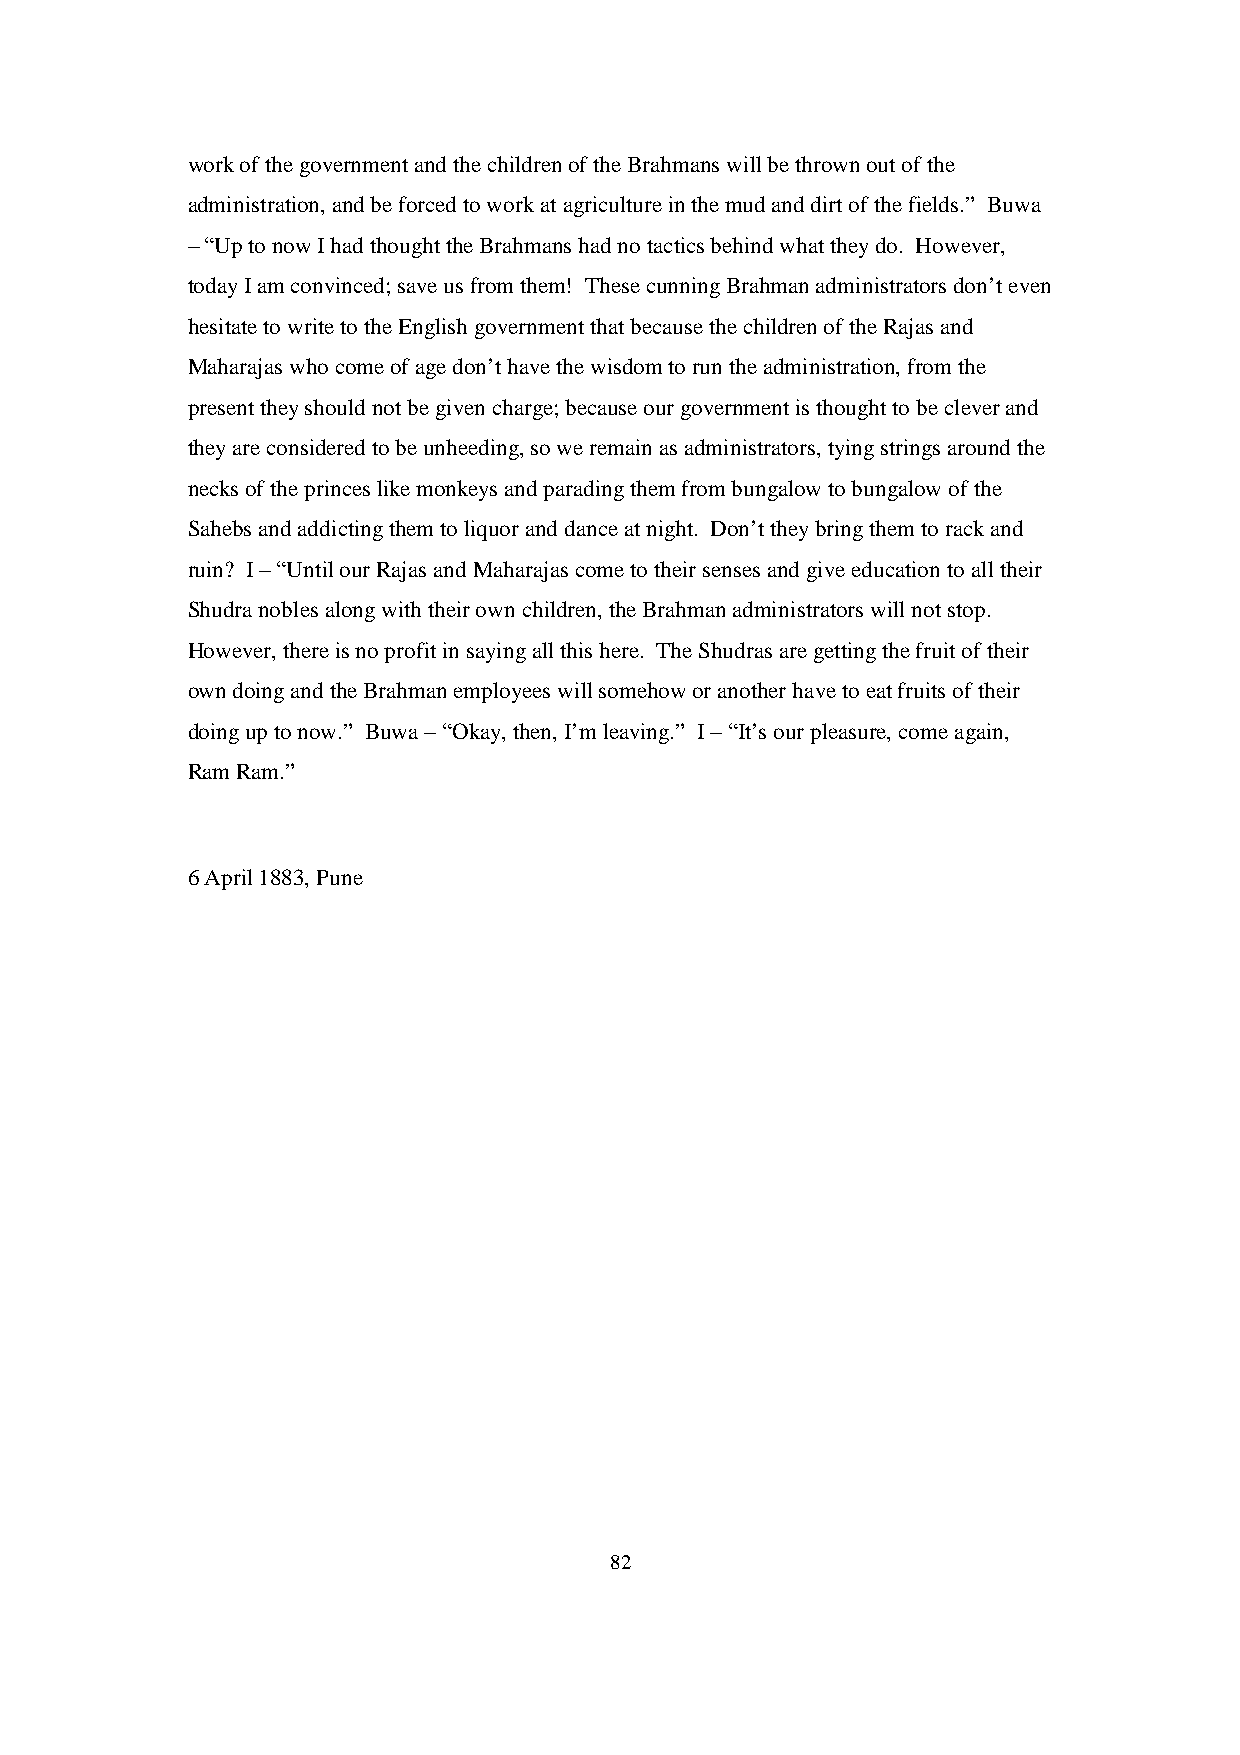
work of the government and the children of the Brahmans will be thrown out of the
 administration, and be forced to work at agriculture in the mud and dirt of the fields.” Buwa
 – “Up to now I had thought the Brahmans had no tactics behind what they do. However,
 today I am convinced; save us from them! These cunning Brahman administrators don’t even
 hesitate to write to the English government that because the children of the Rajas and
 Maharajas who come of age don’t have the wisdom to run the administration, from the
 present they should not be given charge; because our government is thought to be clever and
 they are considered to be unheeding, so we remain as administrators, tying strings around the
 necks of the princes like monkeys and parading them from bungalow to bungalow of the
 Sahebs and addicting them to liquor and dance at night. Don’t they bring them to rack and
 ruin? I – “Until our Rajas and Maharajas come to their senses and give education to all their
 Shudra nobles along with their own children, the Brahman administrators will not stop.
 However, there is no profit in saying all this here. The Shudras are getting the fruit of their
 own doing and the Brahman employees will somehow or another have to eat fruits of their
 doing up to now.” Buwa – “Okay, then, I’m leaving.” I – “It’s our pleasure, come again,
 Ram Ram.”
 6 April 1883, Pune
 82